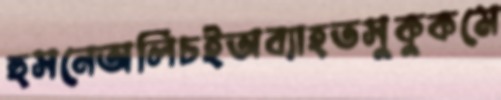
হুসনেঅলিচইঅব্যাহতসুকুকমে